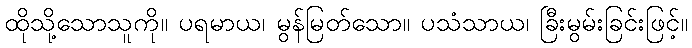
ထိုသို့သောသူကို။ ပရမာယ၊ မွန်မြတ်သော။ ပသံသာယ၊ ခြီးမွမ်းခြင်းဖြင့်။